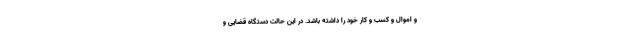
و اموال و کسب و کار خود را داشته باشد. در این حالت دستگاه قضایی و